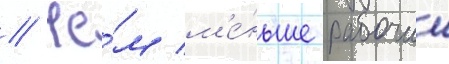
// Че́м м'е́ньше рабочии